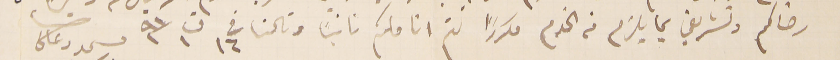
رضاكم وتشريفي بما يلزم في الخدم مكررًا لثم اناملكم ثانيًا وثالثا فى ١٦ ت١ ٩١                                            مسىمد دعاكم